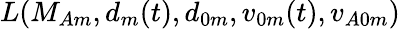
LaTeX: L(M_{Am},d_{m}(t),d_{0m},v_{0m}(t),v_{A0m})